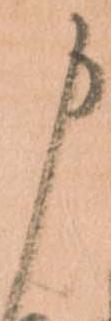
申